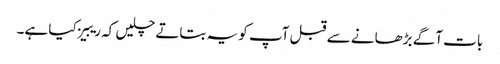
بات آگے بڑھانے سے قبل آپ کو یہ بتاتے چلیں کہ ریبیز کیا ہے۔